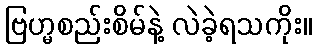
ဗြဟ္မစည်းစိမ်နဲ့ လဲခဲ့ရသကိုး။